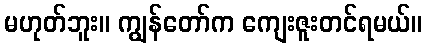
မဟုတ်ဘူး။ ကျွန်တော်က ကျေးဇူးတင်ရမယ်။